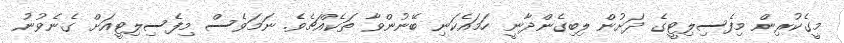
މީގެކުރިން މިފެސިލިޓީގެ ދަށުން ލިބިގެންދާނީ ހަމައެކަނި ބޭނުންވާ ތަކެއްޗެވެ. ނަމަވެސް މިފެސިލިޓީއަށް ގެނެވުނު